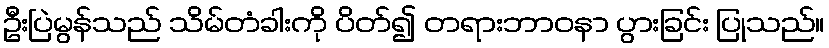
ဦးပြဲမွန်သည် သိမ်တံခါးကို ပိတ်၍ တရားဘာဝနာ ပွားခြင်း ပြုသည်။